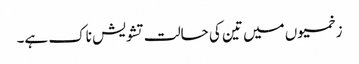
زخمیوں میں تین کی حالت تشویش ناک ہے۔